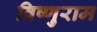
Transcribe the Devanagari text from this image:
विष्णुराम